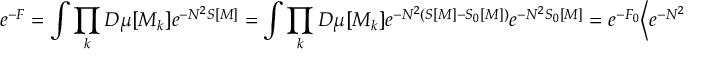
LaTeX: e ^ { - F } = \int \prod _ { k } D \mu [ M _ { k } ] e ^ { - N ^ { 2 } S [ M ] } = \int \prod _ { k } D \mu [ M _ { k } ] e ^ { - N ^ { 2 } ( S [ M ] - S _ { 0 } [ M ] ) } e ^ { - N ^ { 2 } S _ { 0 } [ M ] } = e ^ { - F _ { 0 } } \Big < e ^ { - N ^ { 2 } ( S - S _ { 0 } ) } \Big > _ { S _ { 0 } } \; .